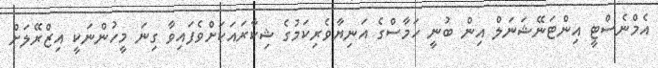
އެމްނެސްޓީ އިންޓަނޭޝަނަލް އިން ބުނީ ހަމާސްގެ އަނިޔާވެރިކަމުގެ ޝިކާރައަކަށްވެފައިވާ ގިނަ މީހުންނަކީ އިޒްރޭލަށް